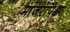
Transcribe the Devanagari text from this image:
मांजरांपेक्षा